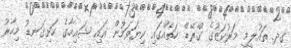
ގދ. ތައުލީމީ މަރުކަޒުގެ ގްރޭޑް ހަތެއްގައި ކިޔަވަމުން އައި ޝައިހާގެ ހަށިގަނޑު މިހާރު